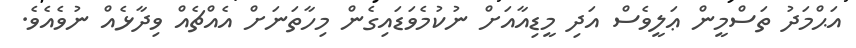
އަޙްމަދު ތަސްމީން ޢަލީވެސް އަދި މީޑިއާއަށް ނުކުމެވަޑައިގެން މިހާތަނަށް އެއްޗެއް ވިދާޅެއް ނުވެއެވެ.